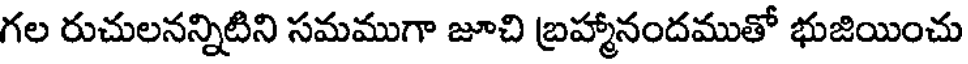
గల రుచులనన్నిటిని సమముగా జూచి బ్రహ్మానందముతో భుజియించు